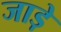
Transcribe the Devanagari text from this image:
जाड़े़